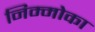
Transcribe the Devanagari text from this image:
निम्मोका